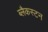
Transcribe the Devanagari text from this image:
ब्लैकस्टन